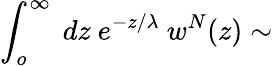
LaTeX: \int_{o}^{\infty}\ dz\ e^{-z/\lambda}\ w^{N}(z)\sim